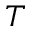
T